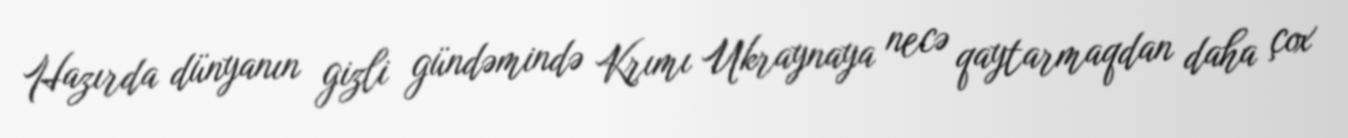
Hazırda dünyanın gizli gündəmində Krımı Ukraynaya necə qaytarmaqdan daha çox